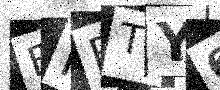
Text: FMBTY6